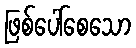
ဖြစ်ပေါ်စေသော